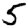
Digit: 5